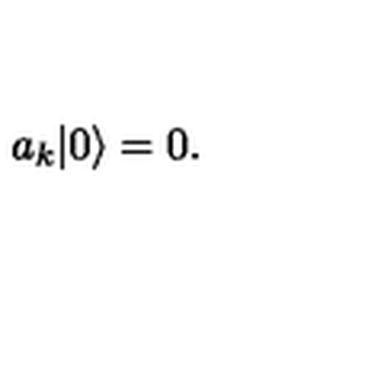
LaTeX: a _ { k } | 0 \rangle = 0 .